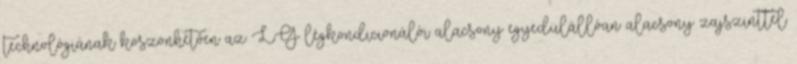
technológiának köszönhetően az LG légkondicionálói alacsony egyedülállóan alacsony zajszinttel